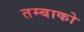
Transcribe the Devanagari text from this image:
तम्बाको